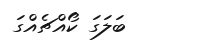
ބަލަގަ ކޯއްޗެއްގަ